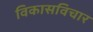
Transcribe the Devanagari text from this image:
विकासविचार